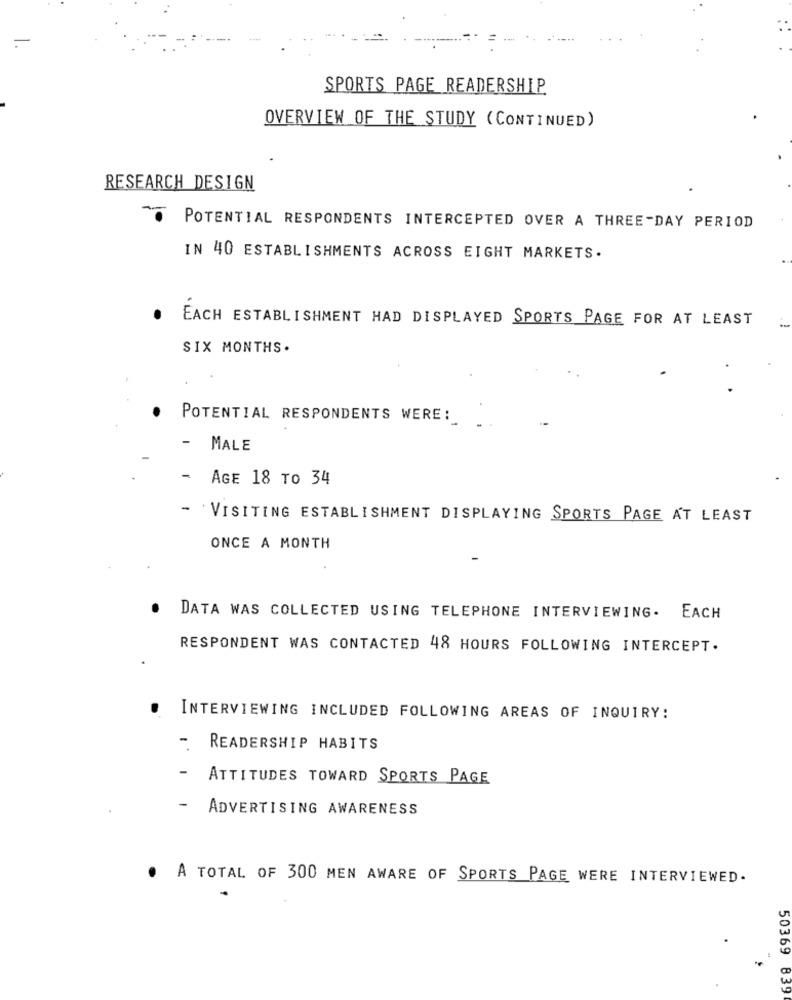
SPORTS PAGE READERSHIP
OVERVIEW OF THE STUDY ( CONTINUED)
RESEARCH DESIGN
POTENTIAL RESPONDENTS INTERCEPTED OVER A THREE-DAY PERIOD
IN 40 ESTABLISHMENTS ACROSS EIGHT MARKETS.
EACH ESTABLISHMENT HAD DISPLAYED SPORTS PAGE FOR AT LEAST
SIX MONTHS.
POTENTIAL RESPONDENTS WERE:
MALE
AGE 18 TO 34
- `VISITING ESTABLISHMENT DISPLAYING SPORTS PAGE AT LEAST
ONCE A MONTH
DATA WAS COLLECTED USING TELEPHONE INTERVIEWING. EACH
RESPONDENT WAS CONTACTED 48 HOURS FOLLOWING INTERCEPT.
INTERVIEWING INCLUDED FOLLOWING AREAS OF INQUIRY:
READERSHIP HABITS
ATTITUDES TOWARD SPORTS PAGE
-
ADVERTISING AWARENESS
A TOTAL OF 300 MEN AWARE OF SPORTS PAGE WERE INTERVIEWED.
50369 839